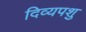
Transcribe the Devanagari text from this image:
दिव्यपशु